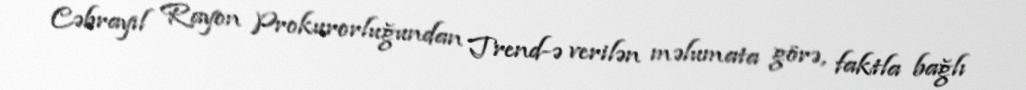
Cəbrayıl Rayon Prokurorluğundan Trend-ə verilən məlumata görə, faktla bağlı